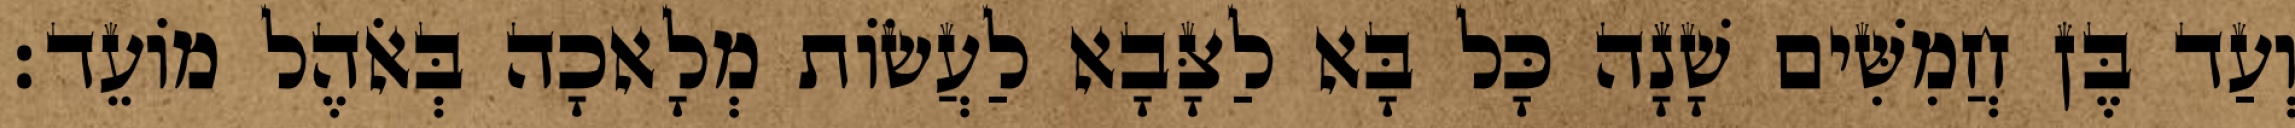
וְעַד בֶּן חֲמִשִּׁים שָׁנָה כָּל בָּא לַצָּבָא לַעֲשׂוֹת מְלָאכָה בְּאֹהֶל מוֹעֵד׃